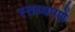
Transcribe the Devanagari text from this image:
स्तब्धपणे